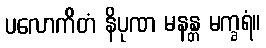
ပလောကိတံ နိပုဏ မနန္တ မက္ခရံ။